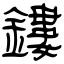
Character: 鏤